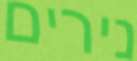
נירים